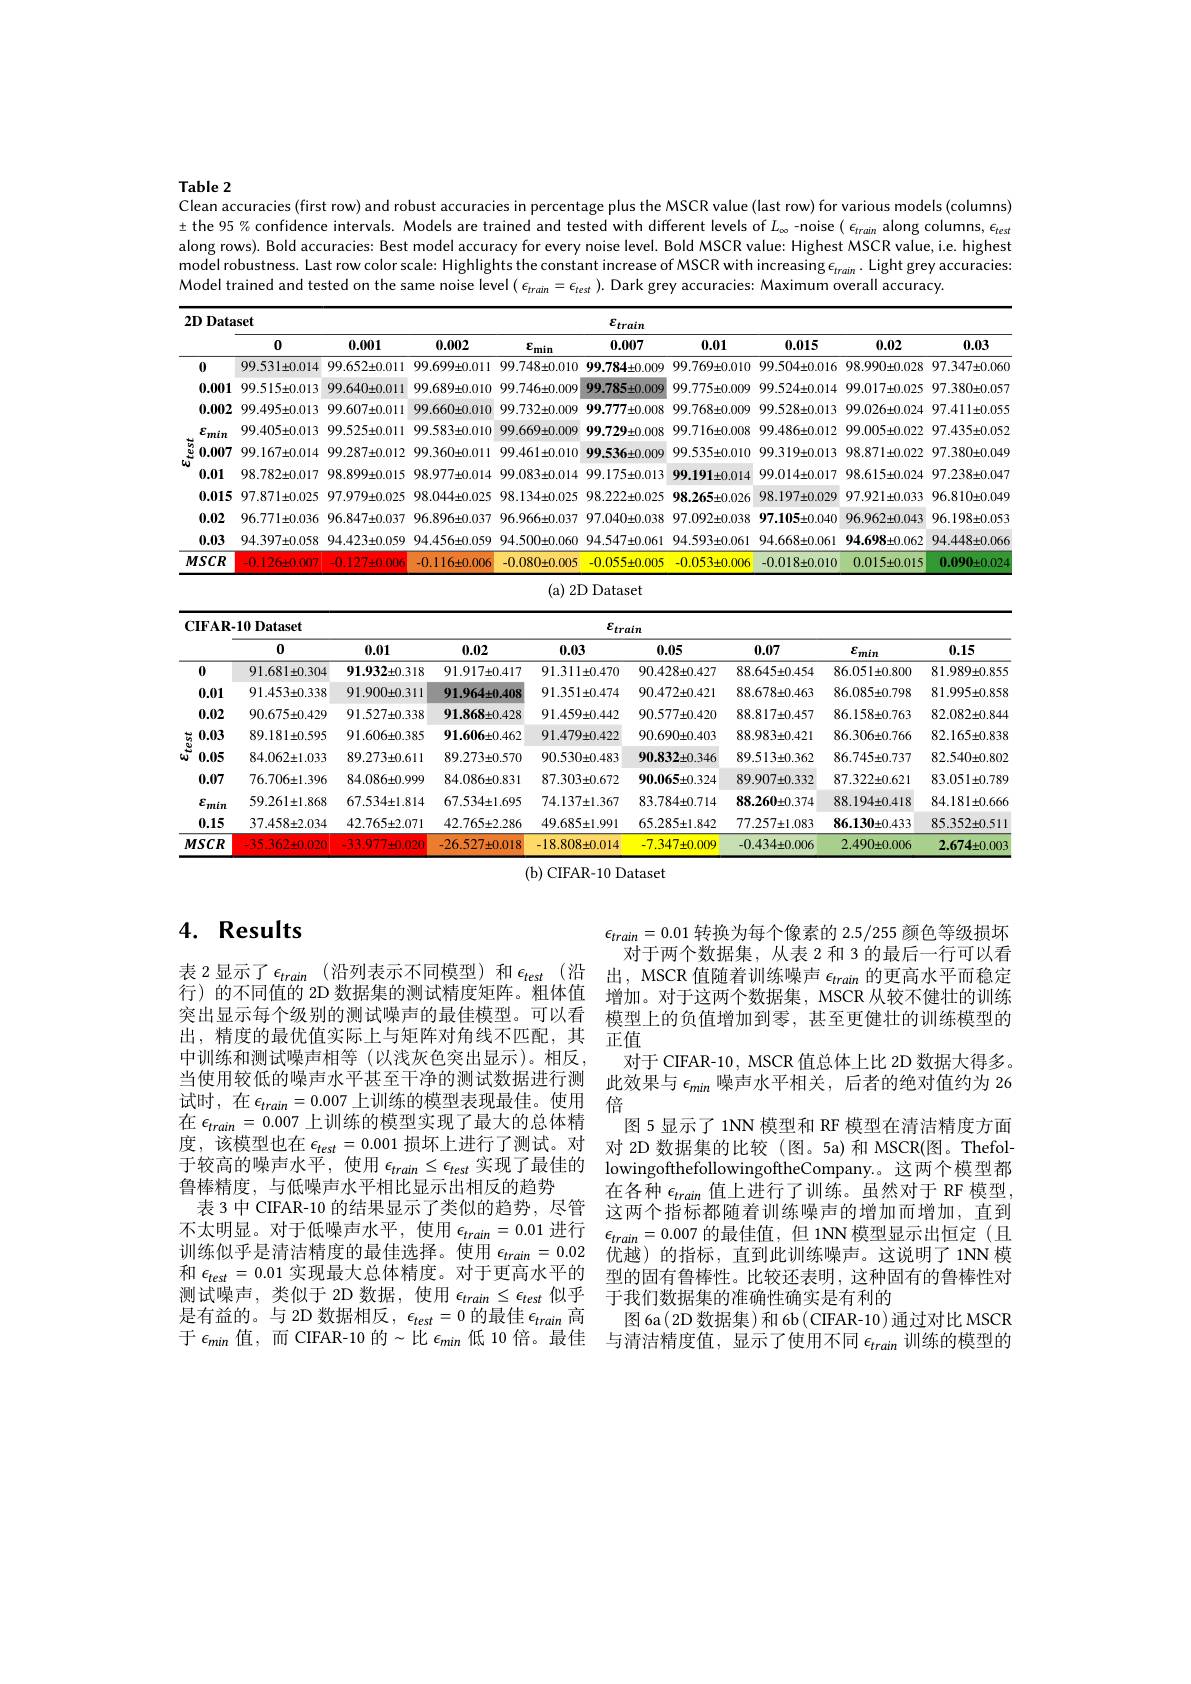
### Table 2 Clean accuracies (first row) and robust accuracies in percentage plus the MSCR value (last row) for various models (columns)

$\pm$ the 95% confidence intervals. Models are trained and tested with different levels of $L_{\infty}$ -noise $(\epsilon_{train}$ along columns, $\epsilon_{test}$ along rows). Bold accuracies: Best model accuracy for every noise level. Bold MSCR value: Highest MSCR value, i.e. highest model robustness. Last row color scale: Highlights the constant increase of MSCR with increasing $\epsilon_{train}.$ Light grey accuracies: Model trained and tested on the same noise level $(\epsilon_{train}=\epsilon_{test}).$ Dark grey accuracies: Maximum overall accuracy.

<table>
	<tbody>
		<tr>
			<th>$2D$ Data</th>
			<th>iset</th>
			<th colspan="8">$\varepsilon_{train}$</th>
		</tr>
		<tr>
			<th> </th>
			<th>0</th>
			<th>0.001</th>
			<th>0.002</th>
			<th>$\varepsilon_{\mathrm{min}}$</th>
			<th>0.007</th>
			<th>0.01</th>
			<th>0.015</th>
			<th>0.02</th>
			<th>0.03</th>
		</tr>
		<tr>
			<td>0</td>
			<td>$99.531\pm0.014$</td>
			<td>$99.652\pm0.011$</td>
			<td>$99.699\pm0.011$</td>
			<td>$99.748\pm0.010$</td>
			<td>$99.784\pm0.009$</td>
			<td>$99.769\pm0.010$</td>
			<td>$99.504\pm0.016$</td>
			<td>$98.990\pm0.028$</td>
			<td>$97.347\pm0.060$</td>
		</tr>
		<tr>
			<td>0.001</td>
			<td>$99.515\pm0.013$</td>
			<td>$99.640\pm0.011$</td>
			<td>$99.689\pm0.010$</td>
			<td>$99.746\pm0.009$</td>
			<td>$99.785\pm0.009$</td>
			<td>$99.775\pm0.009$</td>
			<td>$99.524\pm0.014$</td>
			<td>$99.017\pm0.025$</td>
			<td>$97.380\pm0.057$</td>
		</tr>
		<tr>
			<td>0.002</td>
			<td>$99.495\pm0.013$</td>
			<td>$99.607\pm0.011$</td>
			<td>$99.660\pm0.010$</td>
			<td>$99.732\pm0.009$</td>
			<td>$99.777\pm0.008$</td>
			<td>$99.768\pm0.009$</td>
			<td>$99.528\pm0.013$</td>
			<td>$99.026\pm0.024$</td>
			<td>$97.411\pm0.055$</td>
		</tr>
		<tr>
			<td>$\varepsilon_{min}$</td>
			<td>$99.405\pm0.013$</td>
			<td>$99.525\pm0.011$</td>
			<td>$99.583\pm0.010$</td>
			<td>$99.669\pm0.009$</td>
			<td>$99.729\pm0.008$</td>
			<td>$99.716\pm0.008$</td>
			<td>$99.486\pm0.012$</td>
			<td>$99.005\pm0.022$</td>
			<td>$97.435\pm0.052$</td>
		</tr>
		<tr>
			<td>0.007</td>
			<td>$99.167\pm0.014$</td>
			<td>$99.287\pm0.012$</td>
			<td>$99.360\pm0.011$</td>
			<td>$99.461\pm0.010$</td>
			<td>$99.536\pm0.009$</td>
			<td>$99.535\pm0.010$</td>
			<td>$99.319\pm0.013$</td>
			<td>$98.871\pm0.022$</td>
			<td>$97.380\pm0.049$</td>
		</tr>
		<tr>
			<td>W 0.01</td>
			<td>$98.782\pm0.017$</td>
			<td>$98.899\pm0.015$</td>
			<td>$98.977\pm0.014$</td>
			<td>$99.083\pm0.014$</td>
			<td>$99.175\pm0.013$</td>
			<td>99.191±0.014</td>
			<td>$99.014\pm0.017$</td>
			<td>$98.615\pm0.024$</td>
			<td>$97.238\pm0.047$</td>
		</tr>
		<tr>
			<td>0.015</td>
			<td>$97.871\pm0.025$</td>
			<td>$97.979\pm0.025$</td>
			<td>$98.044\pm0.025$</td>
			<td>$98.134\pm0.025$</td>
			<td>$98.222\pm0.025$</td>
			<td>$98.265\pm0.026$</td>
			<td>$98.197\pm0.029$</td>
			<td>$97.921\pm0.033$</td>
			<td>$96.810\pm0.049$</td>
		</tr>
		<tr>
			<td>0.02</td>
			<td>$96.771\pm0.036$</td>
			<td>$96.847\pm0.037$</td>
			<td>$96.896\pm0.037$</td>
			<td>$96.966\pm0.037$</td>
			<td>$97.040\pm0.038$</td>
			<td>$97.092\pm0.038$</td>
			<td>$97.105\pm0.040$</td>
			<td>$96.962\pm0.043$</td>
			<td>$96.198\pm0.053$</td>
		</tr>
		<tr>
			<td>0.03</td>
			<td>$94.397\pm0.058$</td>
			<td>$94.423\pm0.059$</td>
			<td>$94.456\pm0.059$</td>
			<td>$94.500\pm0.060$</td>
			<td>$94.547\pm0.061$</td>
			<td>$94.593\pm0.061$</td>
			<td>$94.668\pm0.061$</td>
			<td>$94.698\pm0.062$</td>
			<td>$94.448\pm0.066$</td>
		</tr>
		<tr>
			<td>$MSCR$</td>
			<td>$-0.126\pm0.007$</td>
			<td>$-0.127\pm0.006$</td>
			<td>$-0.116\pm0.006$</td>
			<td>$-0.080\pm0.005$</td>
			<td>$-0.055\pm0.005$</td>
			<td>$-0.053\pm0.006$</td>
			<td>$-0.018\pm0.010$</td>
			<td>$0.015\pm0.015$</td>
			<td>0.090±0.024</td>
		</tr>
	</tbody>
</table>

(a) 2D Dataset

<table>
	<tbody>
		<tr>
			<th>$\mathbf{CIFAR}$</th>
			<th>-10 Dataset</th>
			<th> </th>
			<th> </th>
			<th>$\varepsilon_{tri}$</th>
			<th>nin</th>
			<th> </th>
			<th> </th>
			<th> </th>
		</tr>
		<tr>
			<th> </th>
			<th>0</th>
			<th>0.01</th>
			<th>0.02</th>
			<th>0.03</th>
			<th>0.05</th>
			<th>0.07</th>
			<th>$\varepsilon_{min}$</th>
			<th>0.15</th>
		</tr>
		<tr>
			<td>0</td>
			<td>$91.681\pm0.304$</td>
			<td>$91.932\pm0.318$</td>
			<td>$91.917\pm0.417$</td>
			<td>$91.311\pm0.470$</td>
			<td>$90.428\pm0.427$</td>
			<td>$88.645\pm0.454$</td>
			<td>$86.051\pm0.800$</td>
			<td>$81.989\pm0.855$</td>
		</tr>
		<tr>
			<td>0.01</td>
			<td>$91.453\pm0.338$</td>
			<td>$91.900\pm0.311$</td>
			<td>91.964±0.408</td>
			<td>$91.351\pm0.474$</td>
			<td>$90.472\pm0.421$</td>
			<td>$88.678\pm0.463$</td>
			<td>$86.085\pm0.798$</td>
			<td>$81.995\pm0.858$</td>
		</tr>
		<tr>
			<td>0.02</td>
			<td>$90.675\pm0.429$</td>
			<td>$91.527\pm0.338$</td>
			<td>91.868±0.428</td>
			<td>$91.459\pm0.442$</td>
			<td>$90.577\pm0.420$</td>
			<td>$88.817\pm0.457$</td>
			<td>$86.158\pm0.763$</td>
			<td>$82.082\pm0.844$</td>
		</tr>
		<tr>
			<td>0.03</td>
			<td>$89.181\pm0.595$</td>
			<td>$91.606\pm0.385$</td>
			<td>$91.606\pm0.462$</td>
			<td>$91.479\pm0.422$</td>
			<td>$90.690\pm0.403$</td>
			<td>$88.983\pm0.421$</td>
			<td>$86.306\pm0.766$</td>
			<td>$82.165\pm0.838$</td>
		</tr>
		<tr>
			<td>0.05 $ധ്$</td>
			<td>$84.062\pm1.033$</td>
			<td>$89.273\pm0.611$</td>
			<td>$89.273\pm0.570$</td>
			<td>$90.530\pm0.483$</td>
			<td>$90.832\pm0.346$</td>
			<td>$89.513\pm0.362$</td>
			<td>$86.745\pm0.737$</td>
			<td>$82.540\pm0.802$</td>
		</tr>
		<tr>
			<td>0.07</td>
			<td>$76.706\pm1.396$</td>
			<td>$84.086\pm0.999$</td>
			<td>$84.086\pm0.831$</td>
			<td>$87.303\pm0.672$</td>
			<td>$90.065\pm0.324$</td>
			<td>$89.907\pm0.332$</td>
			<td>$87.322\pm0.621$</td>
			<td>$83.051\pm0.789$</td>
		</tr>
		<tr>
			<td>$\varepsilon_{min}$</td>
			<td>$59.261\pm1.868$</td>
			<td>$67.534\pm1.814$</td>
			<td>$67.534\pm1.695$</td>
			<td>$74.137\pm1.367$</td>
			<td>$83.784\pm0.714$</td>
			<td>$88.260\pm0.374$</td>
			<td>$88.194\pm0.418$</td>
			<td>$84.181\pm0.666$</td>
		</tr>
		<tr>
			<td>0.15</td>
			<td>$37.458\pm2.034$</td>
			<td>$42.765\pm2.071$</td>
			<td>$42.765\pm2.286$</td>
			<td>$49.685\pm1.991$</td>
			<td>$65.285\pm1.842$</td>
			<td>$77.257\pm1.083$</td>
			<td>$86.130\pm0.433$</td>
			<td>$85.352\pm0.511$</td>
		</tr>
		<tr>
			<td>$MSCR$</td>
			<td>$-35.362\pm0.020$</td>
			<td>$-33.977\pm0.020$</td>
			<td>$-26.527\pm0.018$</td>
			<td>$-18.808\pm0.014$</td>
			<td>$-7.347\pm0.009$</td>
			<td>$-0.434\pm0.006$</td>
			<td>$2.490\pm0.006$</td>
			<td>$2.674\pm0.003$</td>
		</tr>
	</tbody>
</table>
(b) CIFAR-10 Dataset

## 4. Results

$\epsilon_{train}=0.01$转换为每个像素的 2.5/255 颜色等级损坏
对于两个数据集，从表 2 和 3 的最后一行可以看出，MSCR 值随着训练噪声$\epsilon_train$的更高水平而稳定增加。对于这两个数据集，MSCR 从较不健壮的训练模型上的负值增加到零，甚至更健壮的训练模型的正值
对于 CIFAR-10 , MSCR 值总体上比 2D 数据大得多。此效果与$\epsilon_{min}$噪声水平相关，后者的绝对值约为 26
图 5 显示了 1NN 模型和 RF 模型在清洁精度方面
度，该模型也在$\epsilon_{test}=0.001$损坏上进行了测试。对 对 2D 数据集的比较(图。5a)和 MSCR(图。Thefol于较高的噪声水平，使用$\epsilon_train\leq\epsilon_{test}$实现了最佳的 lowingofthefollowingoftheCompany。这两个模型都
在各种$\epsilon_train$值上进行了训练。虽然对于 RF 模型， 这两个指标都随着训练噪声的增加而增加，直到
不太明显。对于低噪声水平，使用$\epsilon_{train}=0.01$进行$\epsilon_{train}=0.007$的最佳值，但 1NN模型显示出恒定(且训练似乎是清洁精度的最佳选择。使用$\epsilon_{train}=0.02$优越)的指标，直到此训练噪声。这说明了1NN 模
型的固有鲁棒性。比较还表明，这种固有的鲁棒性对
于我们数据集的准确性确实是有利的
图 6a( 2D 数据集) 和 6b ( CIFAR-10) 通过对比 MSCR 与清洁精度值，显示了使用不同$\epsilon_train$训练的模型的

表 2显示了$\epsilon_train$ (沿列表示不同模型)和$\epsilon_test$(沿行)的不同值的 2D 数据集的测试精度矩阵。粗体值突出显示每个级别的测试噪声的最佳模型。可以看出，精度的最优值实际上与矩阵对角线不匹配，其中训练和测试噪声相等 (以浅灰色突出显示)。相反， 当使用较低的噪声水平甚至干净的测试数据进行测试时，在$\epsilon_train=0.007$上训练的模型表现最佳。使用 倍
在$\epsilon_{train}=0.007$上训练的模型实现了最大的总体精
鲁棒精度，与低噪声水平相比显示出相反的趋势
表 3 中 CIFAR-10 的结果显示了类似的趋势，尽管和$\epsilon_{test}=0.01$实现最大总体精度。对于更高水平的测试噪声，类似于 2D 数据，使用$\epsilon_train\leq\epsilon_{test}$似乎是有益的。与 2D 数据相反$,\epsilon_test=0$的最佳$\epsilon_train$高于 $\epsilon_min$ 值，而 CIFAR-10 的$\sim$比 $\epsilon_min$ 低 10 倍。最佳